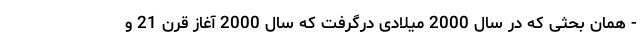
- همان بحثی که در سال 2000 میلادی درگرفت که سال 2000 آغاز قرن 21 و